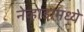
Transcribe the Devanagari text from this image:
नेव्हाडामध्ये